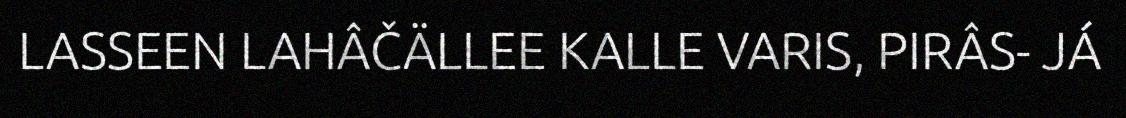
LASSEEN LAHÂČÄLLEE KALLE VARIS, PIRÂS- JÁ